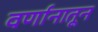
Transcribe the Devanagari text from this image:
वर्णानातून